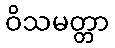
ဝိသမတ္တာ